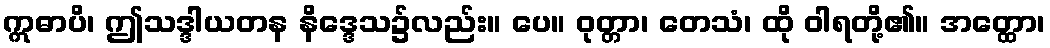
ဣဓာပိ၊ ဤသဒ္ဒါယတန နိဒ္ဒေသ၌လည်း။ ပေ။ ဝုတ္တာ၊ တေသံ၊ ထို ဝါရတို့၏။ အတ္ထော၊